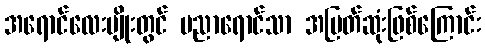
အရောင်လေးမျိုးတွင် ပညာရောင်သာ အမြတ်ဆုံးဖြစ်ကြောင်း